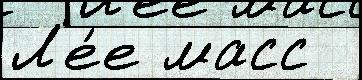
Л'е́е масс